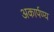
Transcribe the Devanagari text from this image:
अकार्पण्य